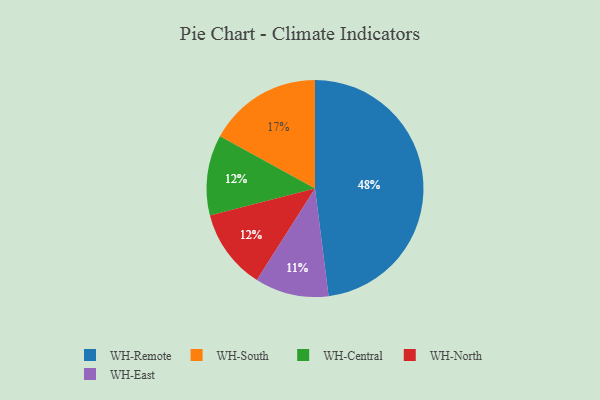
{"axis": {"x": "Category", "y": "Percentage"}, "legend": ["WH-Central", "WH-East", "WH-North", "WH-Remote", "WH-South"], "data": [{"x": "WH-Remote", "y": 48, "type": "WH-Remote"}, {"x": "WH-South", "y": 17, "type": "WH-South"}, {"x": "WH-East", "y": 11, "type": "WH-East"}, {"x": "WH-Central", "y": 12, "type": "WH-Central"}, {"x": "WH-North", "y": 12, "type": "WH-North"}]}